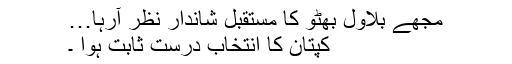
مجھے بلاول بھٹو کا مستقبل شاندار نظر آرہا…
کپتان کا انتخاب درست ثابت ہوا ۔